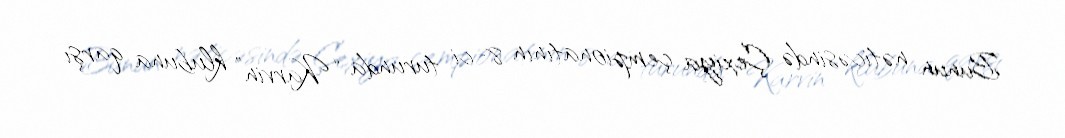
Bunun nəticəsində Çexiya çempionatının 8-ci turunda “Karvin” klubuna qarşı